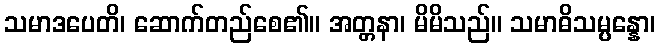
သမာဒပေတိ၊ ဆောက်တည်စေ၏။ အတ္တနာ၊ မိမိသည်။ သမာဓိသမ္ပန္နော၊